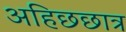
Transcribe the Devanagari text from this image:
अहिछछात्र